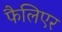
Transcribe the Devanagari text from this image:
फैलिएर